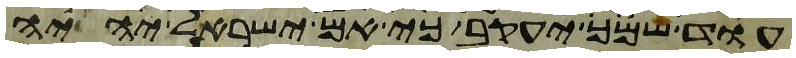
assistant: עוד שמך יעקב כי אם ישראל יהיה